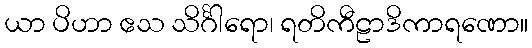
ယာ ပိဟာ ဧသ သိင်္ဂါရော၊ ရတိကီဠာဒိကာရဏော။